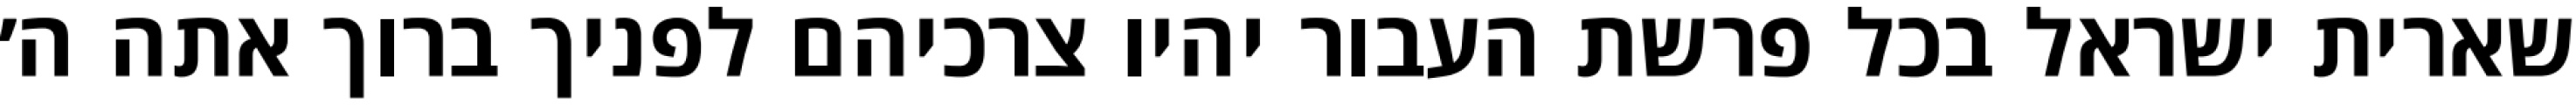
שארית ישראל בכל פרשת העבור יהיו צרכיהם לפניך ברוך אתה ה׳